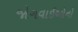
જોગવાઈઓનો